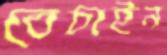
বেচাইন